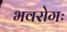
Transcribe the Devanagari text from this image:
भवरोगः